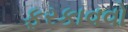
ફરકાવવો